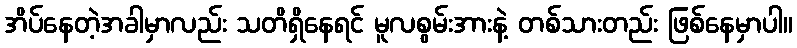
အိပ်နေတဲ့အခါမှာလည်း သတိရှိနေရင် မူလစွမ်းအားနဲ့ တစ်သားတည်း ဖြစ်နေမှာပါ။